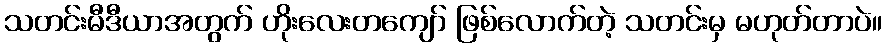
သတင်းမီဒီယာအတွက် ဟိုးလေးတကျော် ဖြစ်လောက်တဲ့ သတင်းမှ မဟုတ်တာပဲ။